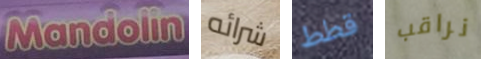
Mandolin شرائه قطط نراقب